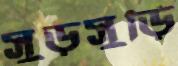
সুড়সুড়ি